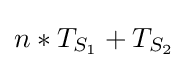
n*T_{S_{1}}+T_{S_{2}}